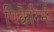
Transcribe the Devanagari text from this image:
पिकैरिनी